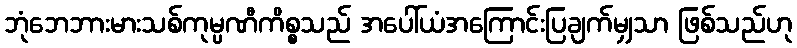
ဘုံဘေဘားမားသစ်ကုမ္ပဏီကိစ္စသည် အပေါ်ယံအကြောင်းပြချက်မျှသာ ဖြစ်သည်ဟု